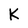
Character: K